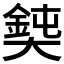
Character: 𡚃